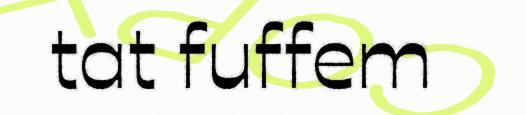
tat fuffem